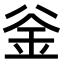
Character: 釡